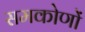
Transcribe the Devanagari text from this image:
समकोणों